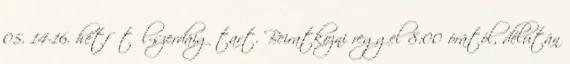
05. 14-16. hétfőtől-szerdáig tart. Beiratkozni reggel 8:00 órától, délután